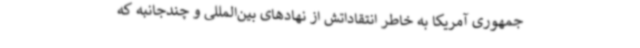
جمهوری آمریکا به خاطر انتقاداتش از نهادهای بین‌المللی و چندجانبه که